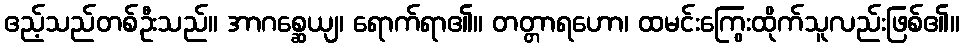
ဧည့်သည်တစ်ဦးသည်။ အာဂစ္ဆေယျ၊ ရောက်ရာ၏။ တတ္တာရဟော၊ ထမင်းကြွေးထိုက်သူလည်းဖြစ်၏။